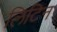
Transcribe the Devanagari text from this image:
लिटिन